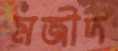
মজীদ